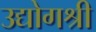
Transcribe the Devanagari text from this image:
उद्योगश्री